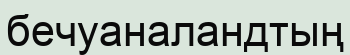
бечуаналандтың